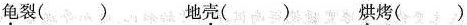
龟裂( ) 地壳( )烘烤( )